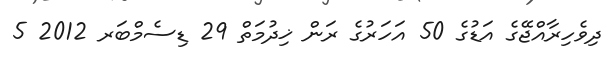
ދިވެހިރާއްޖޭގެ އަޑުގެ 50 އަހަރުގެ ރަން ޚިދުމަތް 29 ޑިސެމްބަރ 2012 5